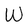
Character: W